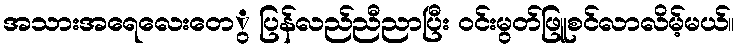
အသားအရေလေးတေွ ပြန်လည်ညီညာပြီး ၀င်းမွတ်ဖြူစင်လာလိမ့်မယ်။